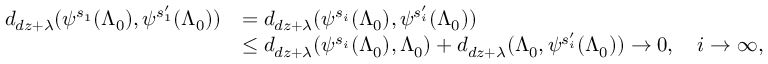
\begin{array} { r l } { d _ { d z + \lambda } ( \psi ^ { s _ { 1 } } ( \Lambda _ { 0 } ) , \psi ^ { s _ { 1 } ^ { \prime } } ( \Lambda _ { 0 } ) ) } & { = d _ { d z + \lambda } ( \psi ^ { s _ { i } } ( \Lambda _ { 0 } ) , \psi ^ { s _ { i } ^ { \prime } } ( \Lambda _ { 0 } ) ) } \\ & { \leq d _ { d z + \lambda } ( \psi ^ { s _ { i } } ( \Lambda _ { 0 } ) , \Lambda _ { 0 } ) + d _ { d z + \lambda } ( \Lambda _ { 0 } , \psi ^ { s _ { i } ^ { \prime } } ( \Lambda _ { 0 } ) ) \to 0 , \quad i \to \infty , } \end{array}